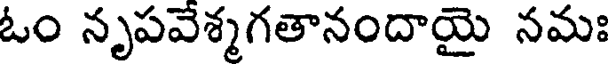
ఓం నృపవేశ్మగతానందాయై నమః